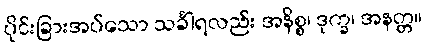
ပိုင်းခြားအပ်သော သင်္ခါရလည်း အနိစ္စ၊ ဒုက္ခ၊ အနတ္တ။